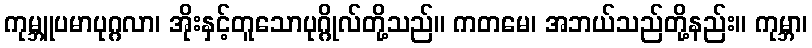
ကုမ္ဘူပမာပုဂ္ဂလာ၊ အိုးနှင့်တူသောပုဂ္ဂိုလ်တို့သည်။ ကတမေ၊ အဘယ်သည်တို့နည်း။ ကုမ္ဘာ၊